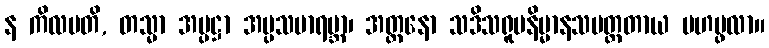
န ကိလမတိ, တသ္မာ အပ္ပဋ္ဌာ အပ္ပသမာရမ္ဘာ၊ အတ္တနော သဒိသရူပနိမ္မာနသမတ္ထတာယ မဟပ္ဖလာ။